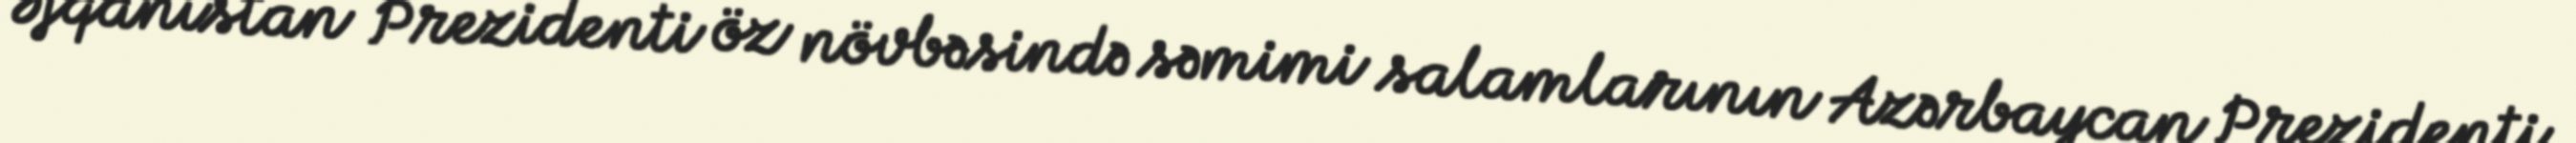
Əfqanıstan Prezidenti öz növbəsində səmimi salamlarının Azərbaycan Prezidenti,